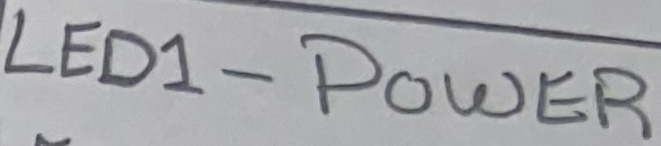
Text: LED1 - POWER